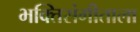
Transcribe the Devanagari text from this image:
भक्तिसंगीताला